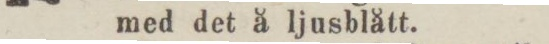
med det å ljusblått.